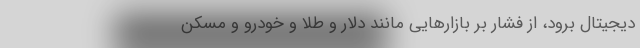
دیجیتال برود، از فشار بر بازارهایی مانند دلار و طلا و خودرو و مسکن